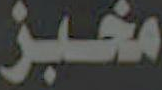
مخبز